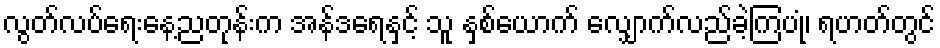
လွတ်လပ်ရေးနေ့ညတုန်းက အန်ဒရေနှင့် သူ နှစ်ယောက် လျှောက်လည်ခဲ့ကြပုံ၊ ရဟတ်တွင်